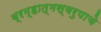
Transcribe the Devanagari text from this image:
ब्रम्हात्मस्वरुपाचे